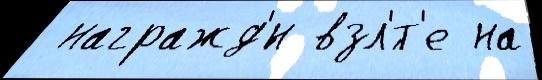
 награжд'́н взл'́т'е на